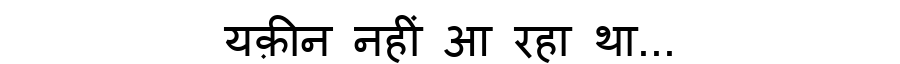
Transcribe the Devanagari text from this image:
यक़ीन नहीं आ रहा था...